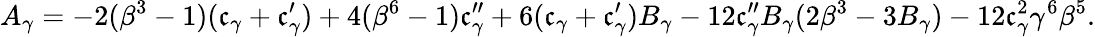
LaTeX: A_{\gamma}=-2(\beta^{3}-1)(\mathfrak{c}_{\gamma}+\mathfrak{c}_{\gamma}^{\prime})+4(\beta^{6}-1)\mathfrak{c}_{\gamma}^{\prime\prime}+6(\mathfrak{c}_{\gamma}+\mathfrak{c}_{\gamma}^{\prime})B_{\gamma}-12\mathfrak{c}_{\gamma}^{\prime\prime}B_{\gamma}(2\beta^{3}-3B_{\gamma})-12\mathfrak{c}_{\gamma}^{2}\gamma^{6}\beta^{5}.